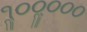
૧ૢ૦૦ૢ૦૦૦